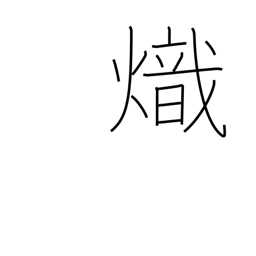
Meaning: kindling fire